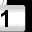
Digit: 1